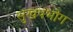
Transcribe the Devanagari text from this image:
सुखपभोग